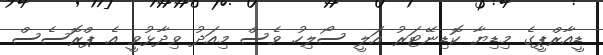
ޑީއާރްޕީގެ މިޑިޔާ ކޮޑިނޭޓަރު އަލީ ސޯލިހު ވެސް މިއަދު ވިދާޅުވީ އެ ޕްރޮސެސް